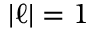
| \ell | = 1